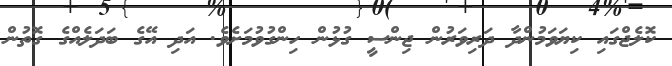
ކޮލެޖްގައި ކިޔަވަމުންދާ ދަރިވަރުން ޖިންސީ ގުޅުން ހިންގުވުމަށެވެ. އަދި އޭގެ ބަދަލެއްގެ ގޮތުން